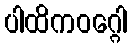
ပါထိကဝဂ္ဂေါ